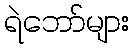
ရဲဘော်များ